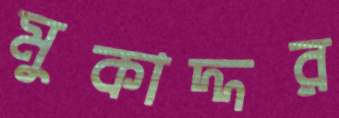
মুকাদ্দর